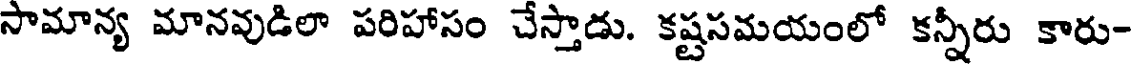
సామాన్య మానవుడిలా పరిహాసం చేస్తాడు. కష్టసమయంలో కన్నీరు కారు-